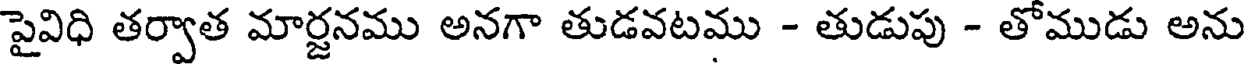
పైవిధి తర్వాత మార్జనము అనగా తుడవటము - తుడుపు - తోముడు అను